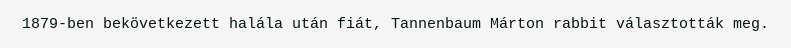
1879-ben bekövetkezett halála után fiát, Tannenbaum Márton rabbit választották meg.